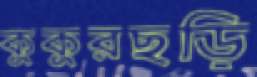
কুকুরছড়ি